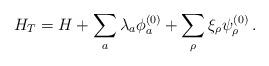
LaTeX: \begin{align*}H_T = H + \sum_a \lambda_a \phi^{(0)}_a+ \sum_\rho \xi_\rho \psi^{(0)}_\rho \,.\end{align*}